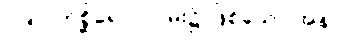
(၁၅) ကုစ္ဆိရောဂ-ဝမ်း၌ ဖြစ်သော အနာ။